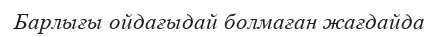
Барлығы ойдағыдай болмаған жағдайда